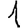
Digit: 1